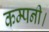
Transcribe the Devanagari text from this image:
कम्पनी।